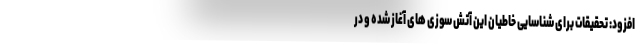
افزود: تحقیقات برای شناسایی خاطیان این آتش سوزی های آغاز شده و در